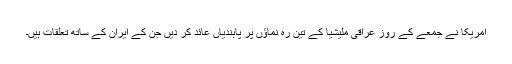
امریکا نے جمعے کے روز عراقی ملیشیا کے تین رہ نماؤں پر پابندیاں عائد کر دیں جن کے ایران کے ساتھ تعلقات ہیں۔